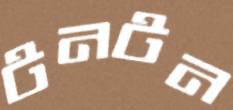
টনটন